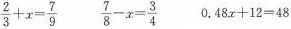
$$\frac{2}{3}+x= \frac{7}{9}$$ $$\frac{7}{8}-x= \frac{3}{4}$$ $$0.48x+12=48$$